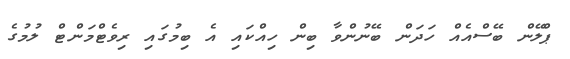
ޕްލޭން ބޭސްއެއް ހަދަން ބޭނުންވާ ބިން ހިއްކައި އެ ބިމުގައި ރިވެޓްމަންޓް ލުމުގެ